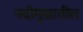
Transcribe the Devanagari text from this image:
नदीमुखातील